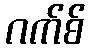
ဂက်စ်